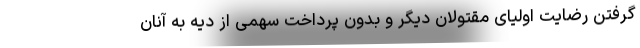
گرفتن رضایت اولیای مقتولان دیگر و بدون پرداخت سهمی از دیه به آنان